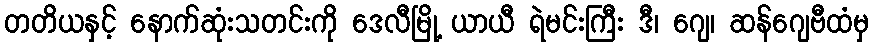
တတိယနှင့် နောက်ဆုံးသတင်းကို ဒေလီမြို့ ယာယီ ရဲမင်းကြီး ဒီ၊ ဂျေ၊ ဆန်ဂျေဗီထံမှ